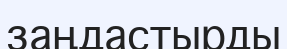
заңдастырды